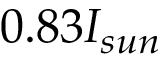
0 . 8 3 I _ { s u n }